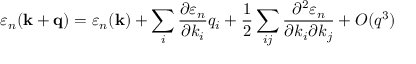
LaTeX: \varepsilon _ { n } ( \mathbf { k } + \mathbf { q } ) = \varepsilon _ { n } ( \mathbf { k } ) + \sum _ { i } { \frac { \partial \varepsilon _ { n } } { \partial k _ { i } } } q _ { i } + { \frac { 1 } { 2 } } \sum _ { i j } { \frac { \partial ^ { 2 } \varepsilon _ { n } } { \partial k _ { i } \partial k _ { j } } } + O ( q ^ { 3 } )